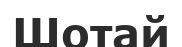
Шотай